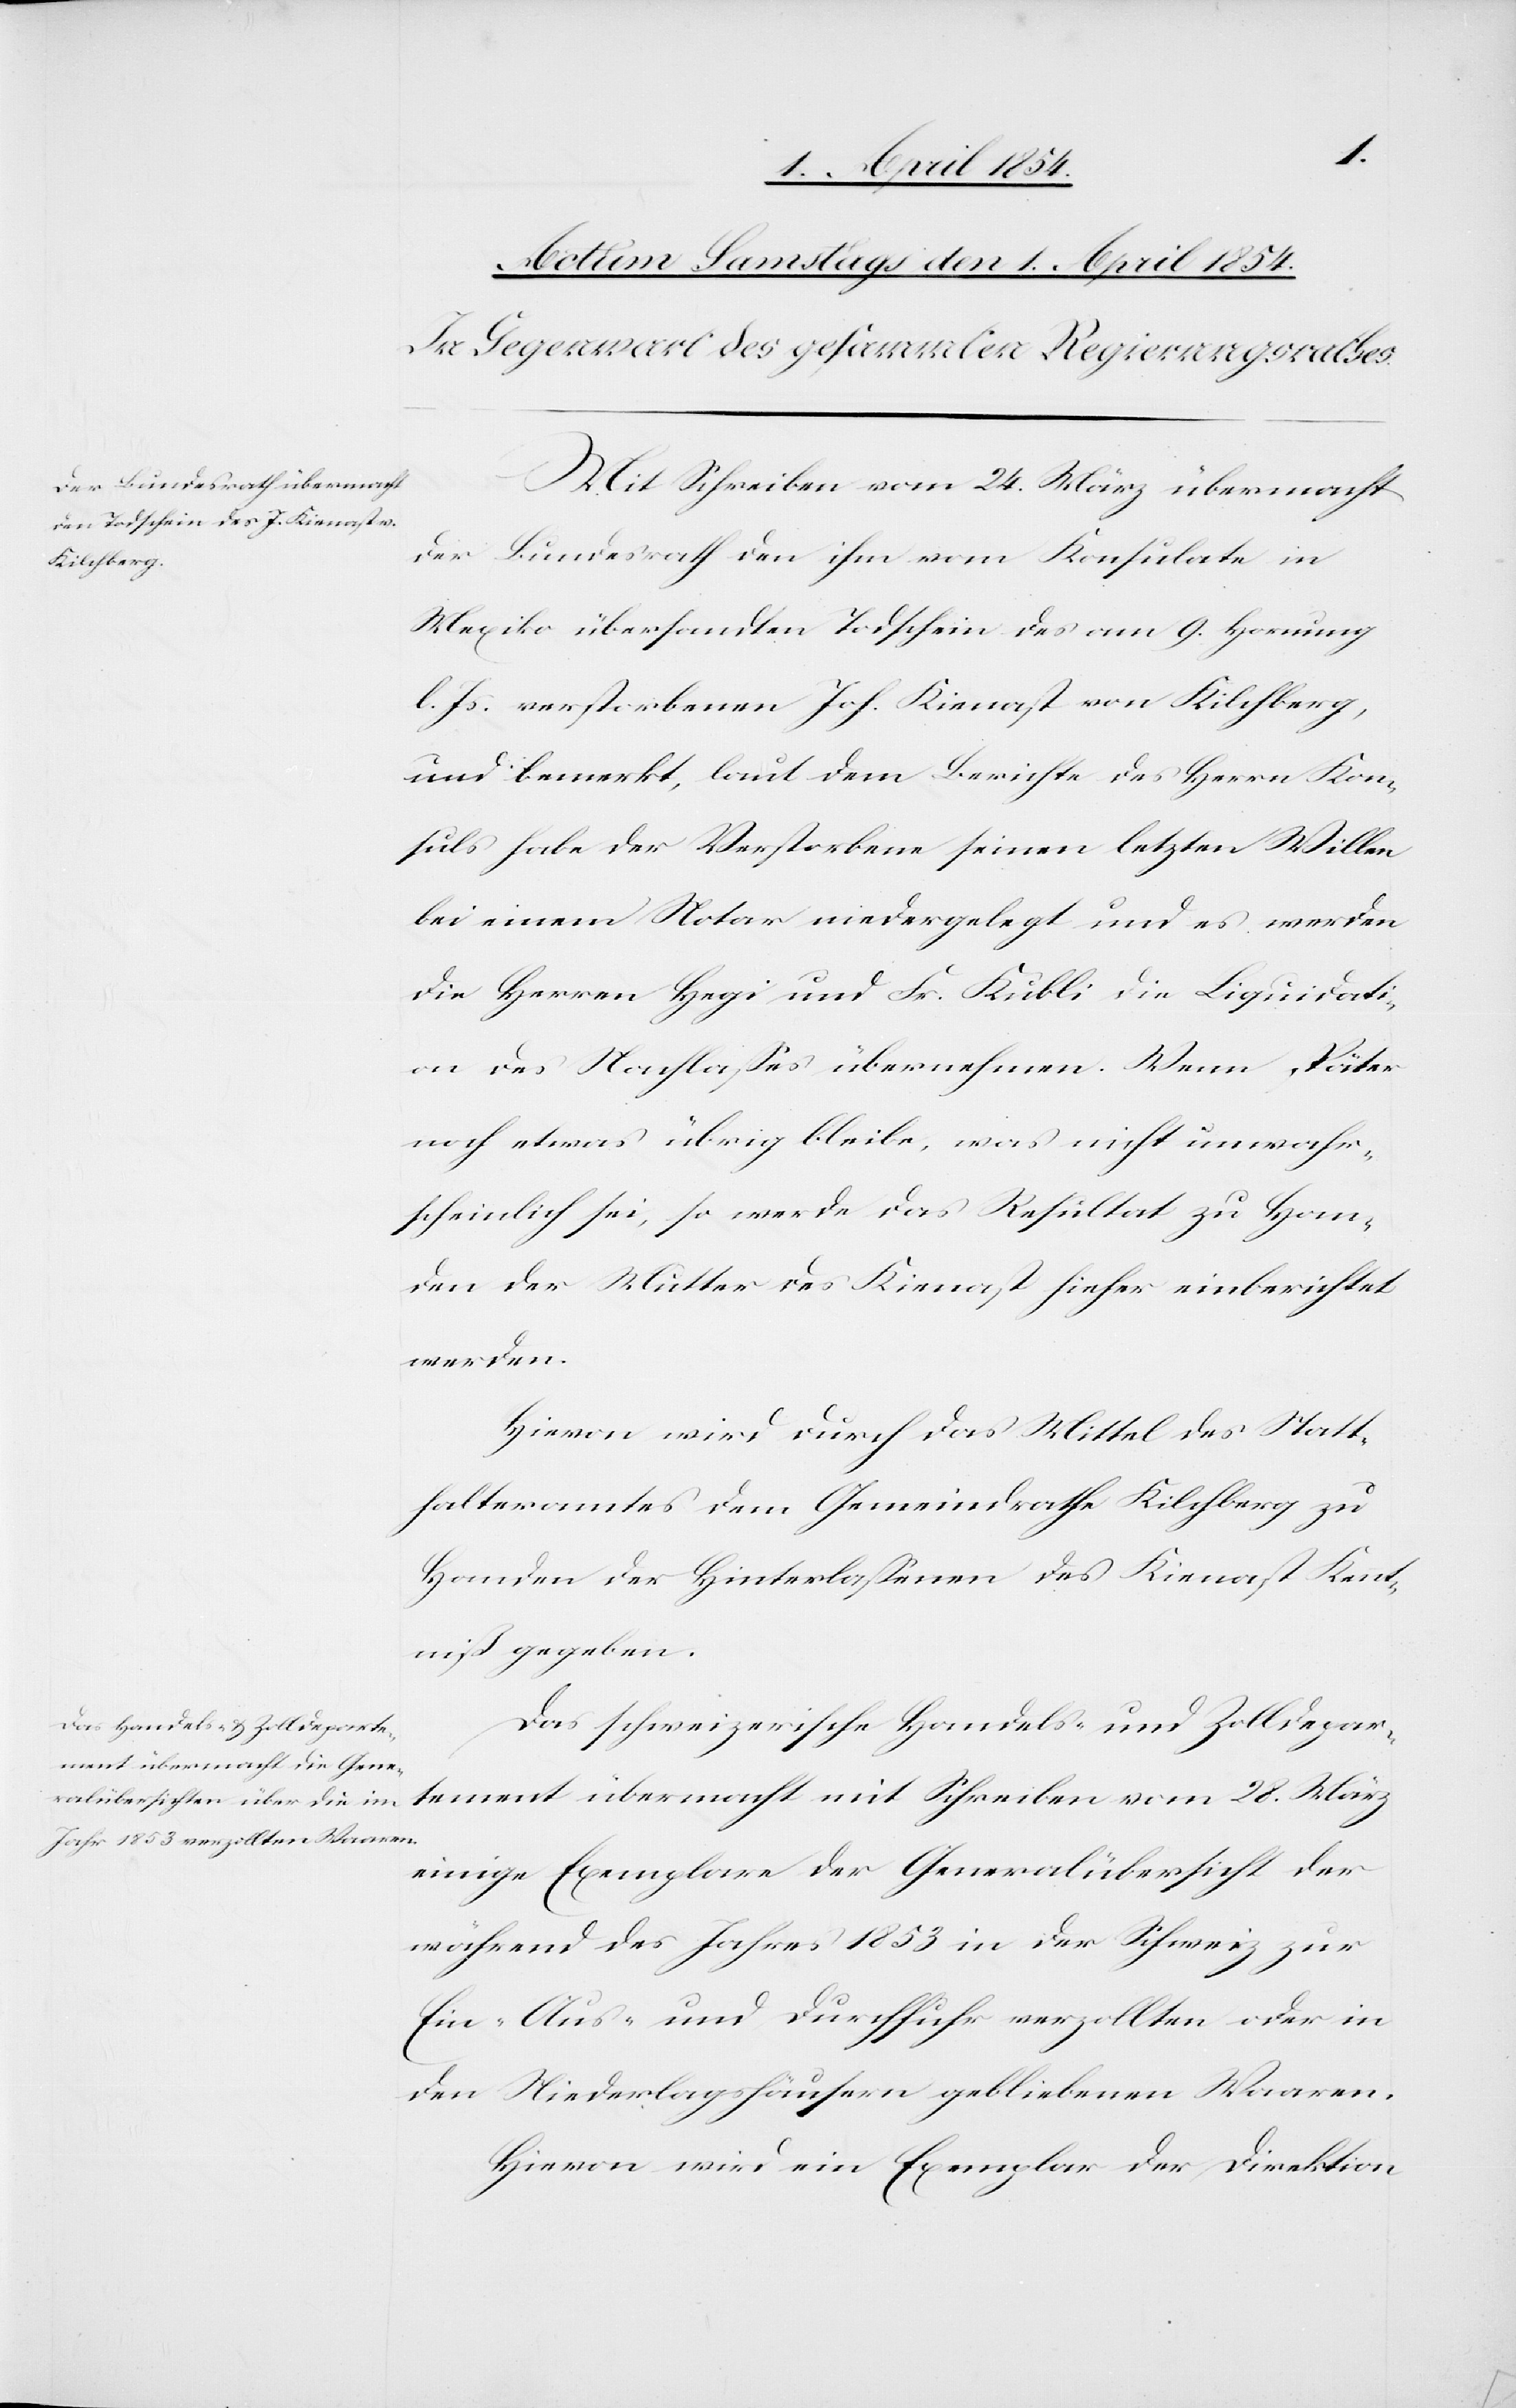
Mit Schreiben vom 24. März übermacht
der
Bundesrath den ihm vom Konsulate in
Mexiko übersandten Todschein des am 9. Hornung
l. Js. verstorbenen Joh. Kienast von Kilchberg,
und bemerkt, laut dem Berichte des Herrn Kon¬
suls habe der Verstorbene seinen letzten Willen
bei einem Notar niedergelegt und es werden
die Herren Hegi und Fr. Kubli die Liquidati¬
on des Nachlaßes übernehmen. Wenn später
noch etwas übrig bleibe, was nicht unwahr¬
scheinlich sei, so werde das Resultat zu Han¬
den der Mutter des Kienast hieher einberichtet
werden.
Hievon wird durch das Mittel des Statt¬
halteramtes dem Gemeindrathe Kilchberg zu
Handen der Hinterlaßenen des Kienast Kennt¬
niß gegeben.
Das schweizerische Handels- und Zolldepar¬
tement übermacht mit Schreiben vom 28. März
einige Exemplare der Generalübersicht der
während des Jahres 1853 in der Schweiz zur
Ein-[,] Aus- und Durchfuhr verzollten oder in
den Niederlagshäusern gebliebenen Waaren.
Hievon wird ein Exemplar der Direktion